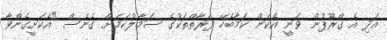
އަދި އެ ގްރޫޕުން ވަނީ އެކަން ކަމާބެހޭ ފަރާތްތަކުގެ ސަމާލުކަމަށް ގެނެސް "އެކަށީގެންވާ